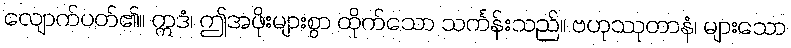
လျောက်ပတ်၏။ ဣဒံ၊ ဤအဖိုးများစွာ ထိုက်သော သင်္ကန်းသည်။ ဗဟုဿုတာနံ၊ များသော